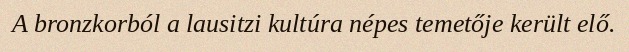
A bronzkorból a lausitzi kultúra népes temetője került elő.